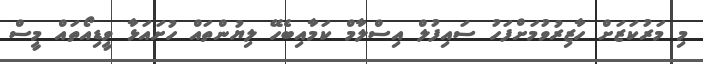
މި މަރުކަޒަށް ހާޒިރުވުމަށްފަހު ސައިފުލް އިސްލާމް ކަމާއިބެހޭ ލިޔުންތައް ހުށައަޅާ ވީޑިއޯތައް މީސް